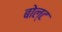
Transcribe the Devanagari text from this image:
बोल्‍ट